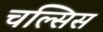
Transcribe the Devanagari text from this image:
चल्सिस